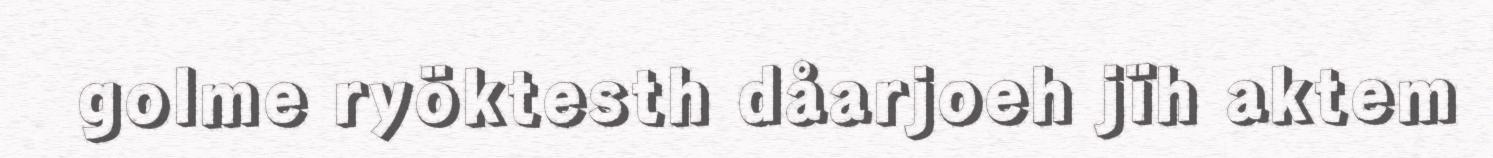
golme ryöktesth dåarjoeh jïh aktem